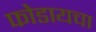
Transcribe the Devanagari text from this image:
फोडायचा